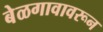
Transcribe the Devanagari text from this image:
बेळगावावरून